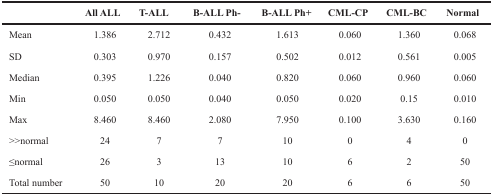
<table><thead><tr><td></td><td><b>All ALL</b></td><td><b>T-ALL</b></td><td><b>B-ALL Ph-</b></td><td><b>B-ALL Ph+</b></td><td><b>CML-CP</b></td><td><b>CML-BC</b></td><td><b>Normal</b></td></tr></thead><tbody><tr><td>Mean</td><td>1.386</td><td>2.712</td><td>0.432</td><td>1.613</td><td>0.060</td><td>1.360</td><td>0.068</td></tr><tr><td>SD</td><td>0.303</td><td>0.970</td><td>0.157</td><td>0.502</td><td>0.012</td><td>0.561</td><td>0.005</td></tr><tr><td>Median</td><td>0.395</td><td>1.226</td><td>0.040</td><td>0.820</td><td>0.060</td><td>0.960</td><td>0.060</td></tr><tr><td>Min</td><td>0.050</td><td>0.050</td><td>0.040</td><td>0.050</td><td>0.020</td><td>0.15</td><td>0.010</td></tr><tr><td>Max</td><td>8.460</td><td>8.460</td><td>2.080</td><td>7.950</td><td>0.100</td><td>3.630</td><td>0.160</td></tr><tr><td>&gt;&gt;normal</td><td>24</td><td>7</td><td>7</td><td>10</td><td>0</td><td>4</td><td>0</td></tr><tr><td>≤normal</td><td>26</td><td>3</td><td>13</td><td>10</td><td>6</td><td>2</td><td>50</td></tr><tr><td>Total number</td><td>50</td><td>10</td><td>20</td><td>20</td><td>6</td><td>6</td><td>50</td></tr></tbody></table>